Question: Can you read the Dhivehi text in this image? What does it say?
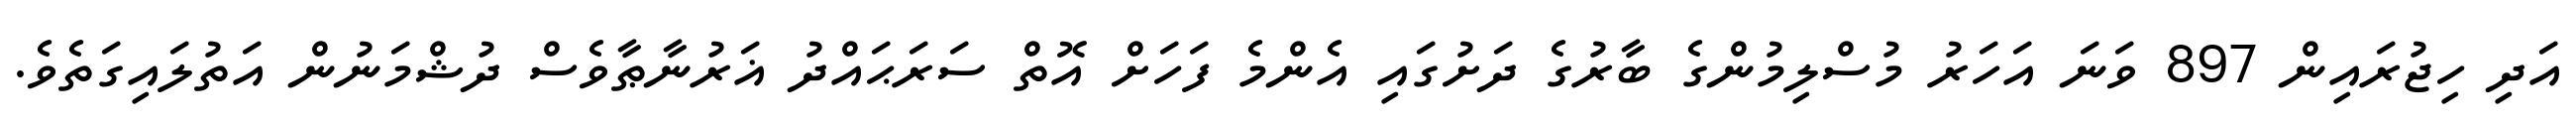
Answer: އަދި ހިޖުރައިން 897 ވަނަ އަހަރު މުސްލިމުންގެ ބާރުގެ ދަށުގައި އެންމެ ފަހަށް އޮތް ސަރަޙައްދު ޣަރުނާޠާވެސް ދުޝްމަނުން އަތުލައިގަތެވެ.